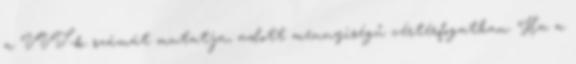
a VVT-k számát mutatja, adott mennyiségű vértérfogatban. Ha a